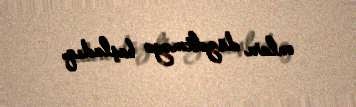
onları düzəltməyə başladıq.